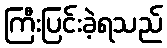
ကြီးပြင်းခဲ့ရသည်